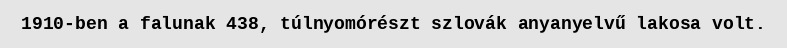
1910-ben a falunak 438, túlnyomórészt szlovák anyanyelvű lakosa volt.